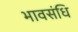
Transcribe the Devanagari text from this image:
भावसंधि